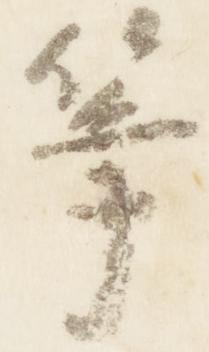
箏